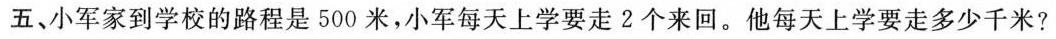
五、小军家到学校的路程是500米，小军每天上学要走2个来回。他每天上学要走多少千米?